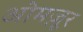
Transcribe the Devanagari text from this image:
ओमज़ूर